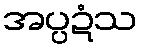
အပ္ပဍံသ